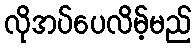
လိုအပ်ပေလိမ့်မည်